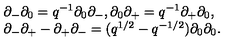
\begin{array} { l } { \partial _ { - } \partial _ { 0 } = q ^ { - 1 } \partial _ { 0 } \partial _ { - } , \partial _ { 0 } \partial _ { + } = q ^ { - 1 } \partial _ { + } \partial _ { 0 } , } \\ { \partial _ { - } \partial _ { + } - \partial _ { + } \partial _ { - } = ( q ^ { 1 / 2 } - q ^ { - 1 / 2 } ) \partial _ { 0 } \partial _ { 0 } . } \\ \end{array}